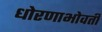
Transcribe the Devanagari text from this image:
धोरणाभोवती